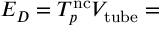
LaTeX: E _ { D } = T _ { p } ^ { \mathrm { n c } } V _ { \mathrm { t u b e } } =